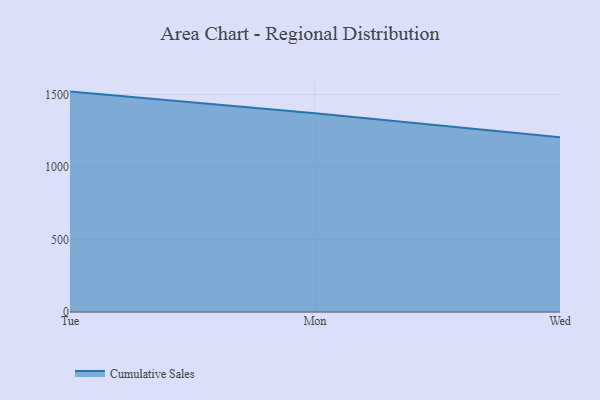
{"axis": {"x": "Day", "y": "Population (Million)"}, "legend": ["Cumulative Sales"], "data": [{"x": "Tue", "y": 1519.9, "type": "Cumulative Sales"}, {"x": "Mon", "y": 1371.0, "type": "Cumulative Sales"}, {"x": "Wed", "y": 1205.5, "type": "Cumulative Sales"}]}